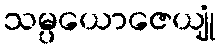
သမ္ပယောဇေယျုံ